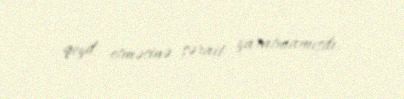
qeyd etməsinə şərait yaratmamışdı.